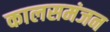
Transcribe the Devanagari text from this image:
कालसमंजन